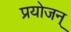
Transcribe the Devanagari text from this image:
प्रयोजन्